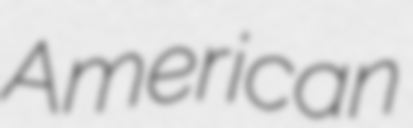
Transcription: American